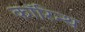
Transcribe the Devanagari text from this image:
कॉरिन्थ